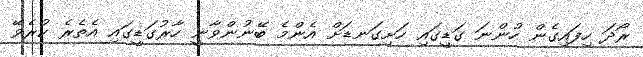
ރޯދަ ހިފައިގެން ހުންނަ ގަޑީގައި ހަށިގަނޑަށް އެންމެ ބޭނުންވާނީ ހާރުގަޑީގައި އެތެރެ ކުރެވޭ